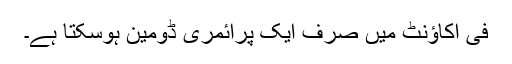
فی اکاؤنٹ میں صرف ایک پرائمری ڈومین ہوسکتا ہے۔